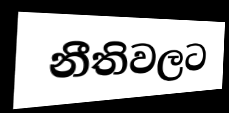
නීතිවලට